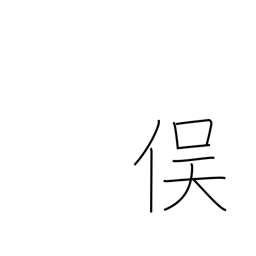
Meaning: junction